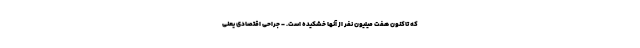
که تاکنون هفت‌ میلیون نفر از آنها خشکیده است. - جراحی اقتصادی یعنی